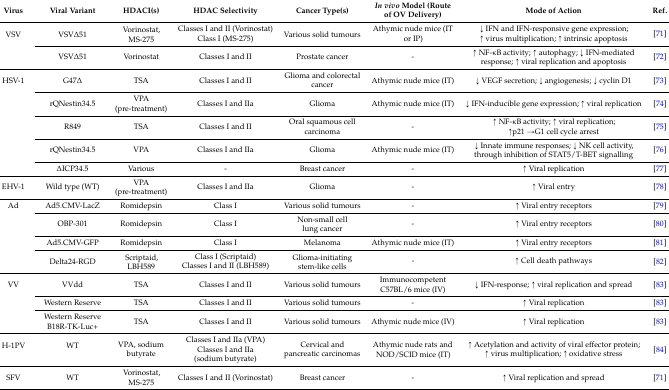
<table><thead><tr><td><b>Virus</b></td><td><b>Viral Variant</b></td><td><b>HDACI(s)</b></td><td><b>HDAC Selectivity</b></td><td><b>Cancer Type(s)</b></td><td><b><i>In vivo</i> Model (Route of OV Delivery)</b></td><td><b>Mode of Action</b></td><td><b>Ref.</b></td></tr></thead><tbody><tr><td rowspan="2">VSV</td><td rowspan="2">VSVΔ51</td><td rowspan="2">Vorinostat, MS-275</td><td>Classes I and II (Vorinostat)</td><td rowspan="2">Various solid tumours</td><td rowspan="2">Athymic nude mice (IT or IP)</td><td rowspan="2">↓ IFN and IFN-responsive gene expression; ↑ virus multiplication; ↑ intrinsic apoptosis</td><td rowspan="2">[71]</td></tr><tr><td>Class I (MS-275)</td></tr><tr><td></td><td>VSVΔ51</td><td>Vorinostat</td><td>Classes I and II</td><td>Prostate cancer</td><td>-</td><td>↑ NF-κB activity; ↑ autophagy; ↓ IFN-mediated response; ↑ viral replication and apoptosis</td><td>[72]</td></tr><tr><td>HSV-1</td><td>G47Δ</td><td>TSA</td><td>Classes I and II</td><td>Glioma and colorectal cancer</td><td>Athymic nude mice (IT)</td><td>↓ VEGF secretion; ↓ angiogenesis; ↓ cyclin D1</td><td>[73]</td></tr><tr><td></td><td>rQNestin34.5</td><td>VPA (pre-treatment)</td><td>Classes I and IIa</td><td>Glioma</td><td>Athymic nude mice (IT)</td><td>↓ IFN-inducible gene expression; ↑ viral replication</td><td>[74]</td></tr><tr><td></td><td>R849</td><td>TSA</td><td>Classes I and II</td><td>Oral squamous cell carcinoma</td><td>-</td><td>↑ NF-κB activity; ↑ viral replication; ↑p21→G1 cell cycle arrest</td><td>[75]</td></tr><tr><td></td><td>rQNestin34.5</td><td>VPA</td><td>Classes I and IIa</td><td>Glioma</td><td>Athymic nude mice (IT)</td><td>↓ Innate immune responses; ↓ NK cell activity, through inhibition of STAT5/T-BET signalling</td><td>[76]</td></tr><tr><td></td><td>ΔICP34.5</td><td>Various</td><td>-</td><td>Breast cancer</td><td>-</td><td>↑ Viral replication</td><td>[77]</td></tr><tr><td>EHV-1</td><td>Wild type (WT)</td><td>VPA (pre-treatment)</td><td>Classes I and IIa</td><td>Glioma</td><td>-</td><td>↑ Viral entry</td><td>[78]</td></tr><tr><td>Ad</td><td>Ad5.CMV-LacZ</td><td>Romidepsin</td><td>Class I</td><td>Various solid tumours</td><td>-</td><td>↑ Viral entry receptors</td><td>[79]</td></tr><tr><td></td><td>OBP-301</td><td>Romidepsin</td><td>Class I</td><td>Non-small cell lung cancer</td><td>-</td><td>↑ Viral entry receptors</td><td>[80]</td></tr><tr><td></td><td>Ad5.CMV-GFP</td><td>Romidepsin</td><td>Class I</td><td>Melanoma</td><td>Athymic nude mice (IT)</td><td>↑ Viral entry receptors</td><td>[81]</td></tr><tr><td rowspan="2"></td><td rowspan="2">Delta24-RGD</td><td rowspan="2">Scriptaid, LBH589</td><td>Class I (Scriptaid)</td><td rowspan="2">Glioma-initiating stem-like cells</td><td rowspan="2">-</td><td rowspan="2">↑ Cell death pathways</td><td rowspan="2">[82]</td></tr><tr><td>Classes I and II (LBH589)</td></tr><tr><td>VV</td><td>VVdd</td><td>TSA</td><td>Classes I and II</td><td>Various solid tumours</td><td>Immunocompetent C57BL/6 mice (IV)</td><td>↓ IFN-response; ↑ viral replication and spread</td><td>[83]</td></tr><tr><td></td><td>Western Reserve</td><td>TSA</td><td>Classes I and II</td><td>Various solid tumours</td><td>-</td><td>↑ Viral replication</td><td>[83]</td></tr><tr><td></td><td>Western Reserve B18R-TK-Luc+</td><td>TSA</td><td>Classes I and II</td><td>Various solid tumours</td><td>Athymic nude mice (IV)</td><td>↑ Viral replication</td><td>[83]</td></tr><tr><td rowspan="2">H-1PV</td><td rowspan="2">WT</td><td rowspan="2">VPA, sodium butyrate</td><td>Classes I and IIa (VPA)</td><td rowspan="2">Cervical and pancreatic carcinomas</td><td rowspan="2">Athymic nude rats and NOD/SCID mice (IT)</td><td rowspan="2">↑ Acetylation and activity of viral effector protein; ↑ virus multiplication; ↑ oxidative stress</td><td rowspan="2">[84]</td></tr><tr><td>Classes I and IIa (sodium butyrate)</td></tr><tr><td>SFV</td><td>WT</td><td>Vorinostat, MS-275</td><td>Classes I and II (Vorinostat)</td><td>Breast cancer</td><td>-</td><td>↑ Viral replication and spread</td><td>[71]</td></tr></tbody></table>